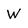
Character: W